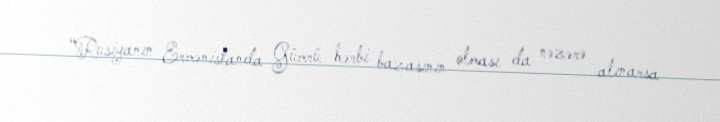
“Rusiyanın Ermənistanda Gümrü hərbi bazasının olması da nəzərə alınarsa